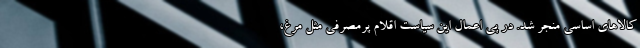
کالاهای اساسی منجر شد. در پی اعمال این سیاست اقلام پرمصرفی مثل مرغ،